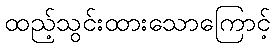
ထည့်သွင်းထားသောကြောင့်